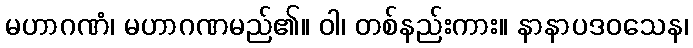
မဟာဂဏံ၊ မဟာဂဏမည်၏။ ဝါ၊ တစ်နည်းကား။ နာနာပဒဝသေန၊